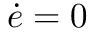
{ \dot { e } } = 0